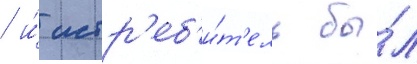
/ и́ истр'еб'и́т'ель бы́л